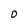
Character: O